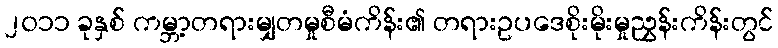
၂၀၁၁ ခုနှစ် ကမ္ဘာ့တရားမျှတမှုစီမံကိန်း၏ တရားဥပဒေစိုးမိုးမှုညွှန်းကိန်းတွင်